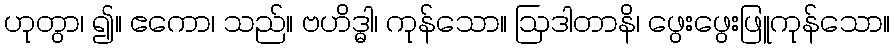
ဟုတွာ၊ ၍။ ဧကော၊ သည်။ ဗဟိဒ္ဓါ၊ ကုန်သော။ ဩဒါတာနိ၊ ဖွေးဖွေးဖြူကုန်သော။